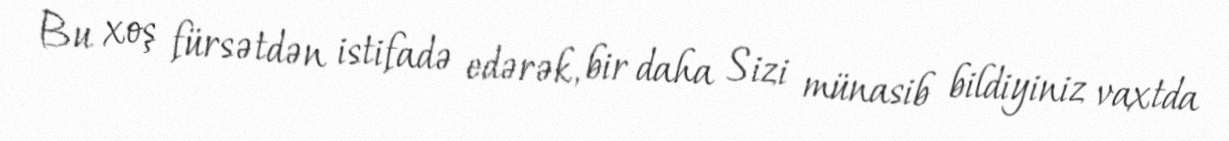
Bu xoş fürsətdən istifadə edərək, bir daha Sizi münasib bildiyiniz vaxtda